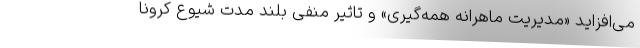
می‌افزاید «مدیریت ماهرانه همه‌گیری» و تاثیر منفی بلند مدت شیوع کرونا